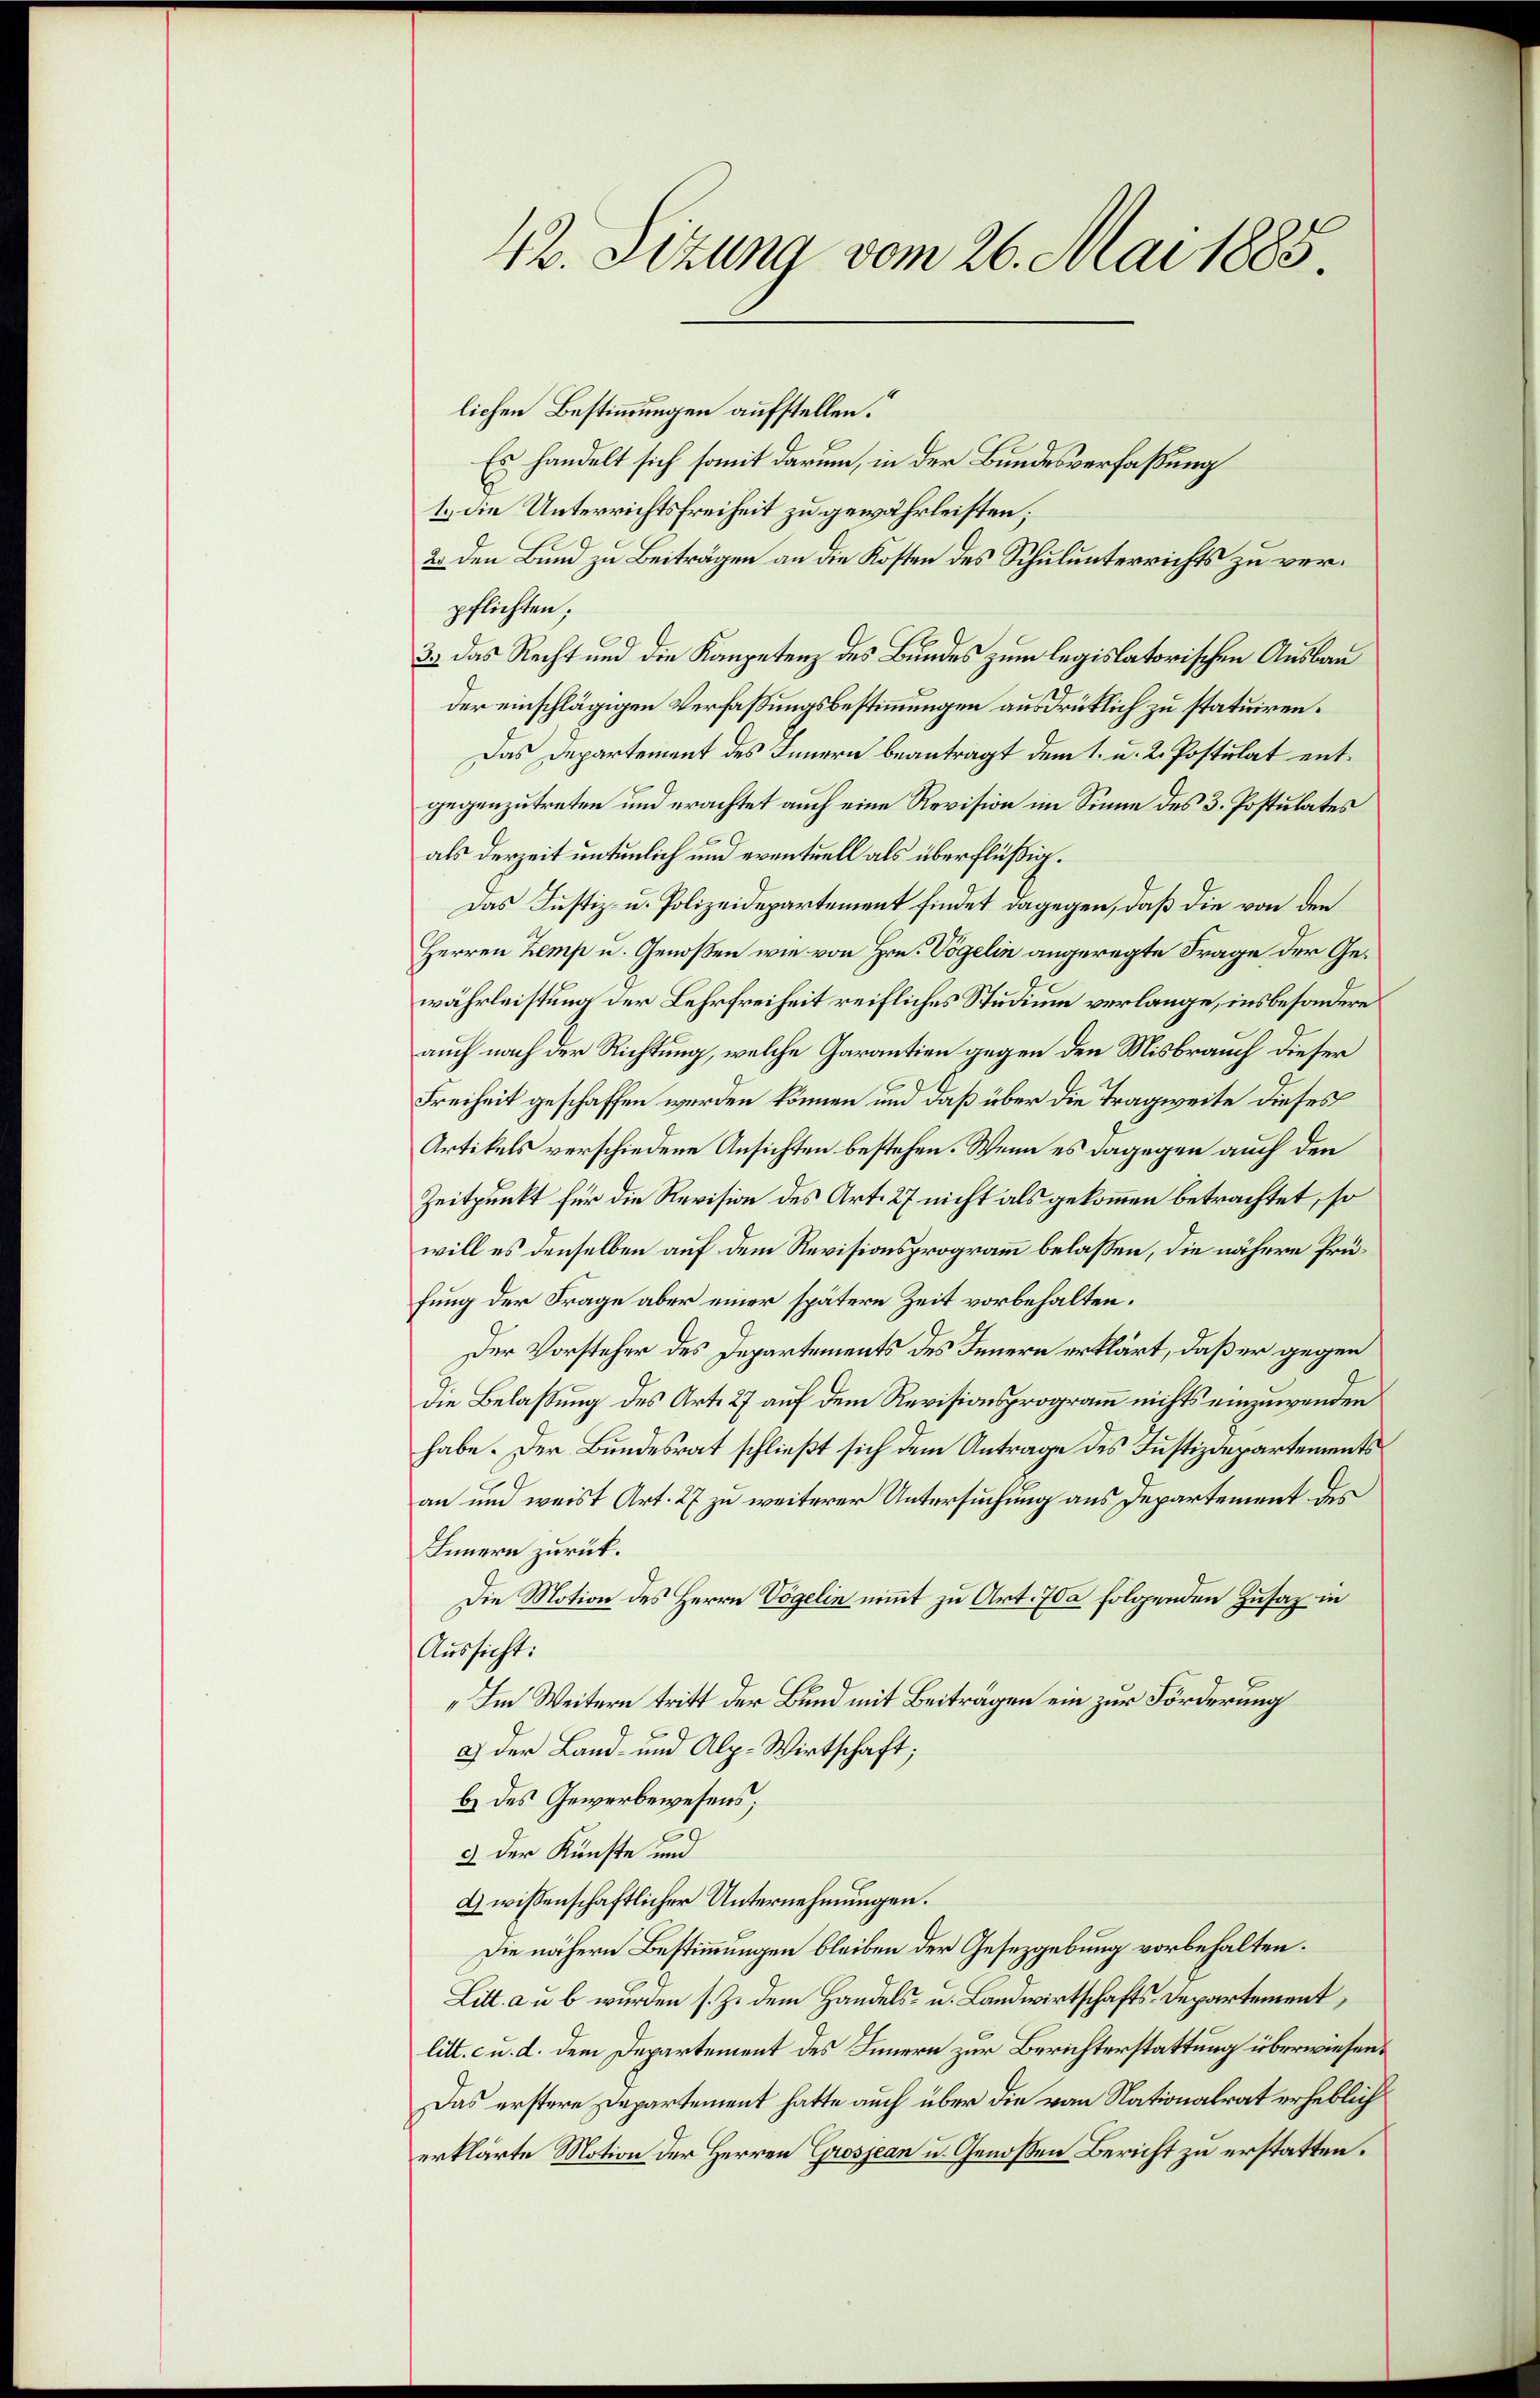
42. Sizung vom 26. Mai 1885.

lichen Bestimmungen aufstellen.“
Es handelt sich somit darum, in der Bundesverfaßung
1.) Die Unterrichtsfreiheit zu gewährleisten;
2. den Bund zu Beiträgen an die Kosten des Schulunterrichts zu verpflichten;
3.) Das Recht und die Kompetenz des Bundes zum legislatorischen Ausbau
der einschlägigen Verfaßungsbestimmungen ausdrücklich zu statuiren.
Das Departement des Innern beantragt dem 1. u. 2. Postulat entgegenzutreten und erachtet auch eine Revision im Sinne des 3. Postulates
als derzeit untenlich und eventuell als überflüßig.
Das Justiz- u. Polizeidepartement findet dagegen, daß die von den
Herren Zemp u. Genoßen wie von Hrn. Vögelin angeregte Frage der Gewährleistung der Lehrfreiheit reifliches Studium verlange, insbesondere
auch nach der Richtung, welche Garantien gegen den Misbrauch dieser
Freiheit geschaffen werden können und daß über die Tragweite dieses
Artikels verschiedene Ansichten bestehen. Wenn es dagegen auch den
Zeitpunkt für die Revision des Art. 27 nicht als gekommen betrachtet, so
will es denselben auf dem Revisionsprogramm belassen, die nähere Prüfung der Frage aber einer spätere Zeit vorbehalten.
Der Vorsteher des Departements des Innern erklärt, daß er gegen
die Belassung des Art. 27 auf dem Revisionsprogramm nichts einzuwenden
habe. Der Bundesrat schließt sich dem Antrage des Justizdepartements
an und weist Art. 27 zu weiterer Untersuchung aus Departement des
Innern zurück.
Die Motion des Herrn Vögelin nimmt zu Art. 70 folgenden Zusaz in
Aussicht:
„Im Weitern tritt der Bund mit Beiträgen ein zur Förderung
a) der Land- und Alp. Wirtschaft;
b. des Gewerbewesens;
3 der Künste und
A wissenschaftlicher Unternehmungen.
Die nähern Bestimmungen bleiben der Gesetzgebung vorbehalten.
Litt. a u b wurden s. Z. dem Handels- u. Landwirtschafts-Departement,
litt. c u. d. dem Departement des Innern zur Berichterstattung überwiesen¬
Das erstere Departement hatte auch über die von Nationalrat erheblich
erklärte Motion der Herren Grosjean u. Genoßen Bericht zu erstatten.